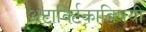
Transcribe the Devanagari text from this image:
अंटार्क्टिकाविषयी